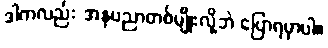
ဒါကလည်း အနုပညာတစ်မျိုးလို့ဘဲ ပြောရမှာပါ။